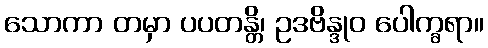
သောကာ တမှာ ပပတန္တိ၊ ဥဒဗိန္ဒုဝ ပေါက္ခရာ။